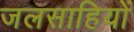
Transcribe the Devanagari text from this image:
जलसाहियों